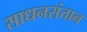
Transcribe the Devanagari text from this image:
साधनसंतान